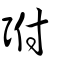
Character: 弣